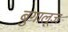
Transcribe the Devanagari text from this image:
बुगालूज